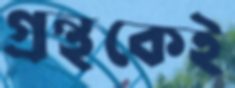
গ্রন্থকেই